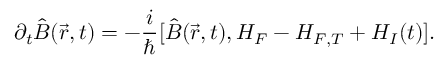
\partial _ { t } \hat { B } ( \vec { r } , t ) = - \frac { i } { \hbar } [ \hat { B } ( \vec { r } , t ) , H _ { F } - H _ { F , T } + H _ { I } ( t ) ] .